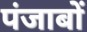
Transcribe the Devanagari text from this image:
पंजाबों